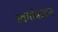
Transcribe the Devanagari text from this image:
स्वर्गावसान